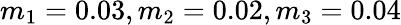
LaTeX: m_{1}=0.03,m_{2}=0.02,m_{3}=0.04